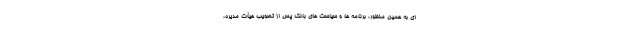
ای به همین منظور، برنامه ها و سیاست های بانک پس از تصویب هیأت مدیره،